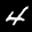
Label: 4